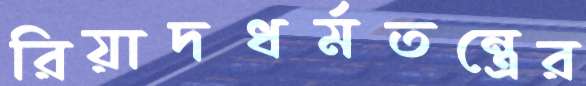
রিয়াদধর্মতন্ত্রের